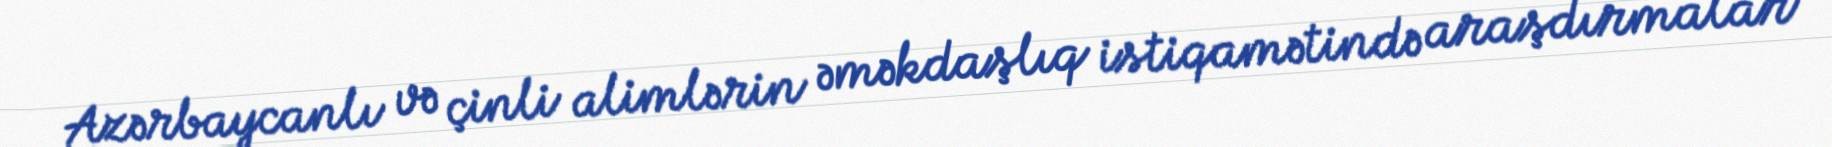
Azərbaycanlı və çinli alimlərin əməkdaşlıq istiqamətində araşdırmalar